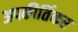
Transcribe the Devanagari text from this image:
अपकीर्तिकर